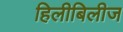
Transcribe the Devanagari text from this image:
हिलीबिलीज